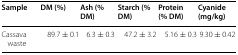
| Sample | DM (%) | Ash (% DM) | Starch (% DM) | Protein (% DM) | Cyanide (mg/kg) |
 | --- | --- | --- | --- | --- | --- |
 | Cassava waste | 89.7 ± 0.1 | 6.3 ± 0.3 | 47.2 ± 3.2 | 5.16 ± 0.3 | 9.30 ± 0.42 |